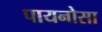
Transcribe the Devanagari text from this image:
पायनोसा